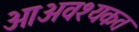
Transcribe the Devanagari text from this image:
आअवश्यकत